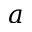
a